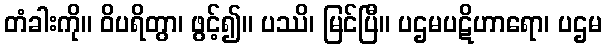
တံခါးကို။ ဝိပရိတွာ၊ ဖွင့်၍။ ပဿိ၊ မြင်ပြီ။ ပဌမပဋိဟာရော၊ ပဌမ